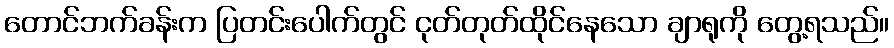
တောင်ဘက်ခန်းက ပြတင်းပေါက်တွင် ငုတ်တုတ်ထိုင်နေသော ချာရုကို တွေ့ရသည်။